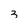
Character: 3